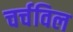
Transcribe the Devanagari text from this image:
चर्चविल